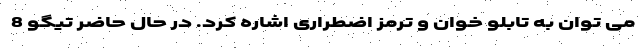
می توان به تابلو خوان و ترمز اضطراری اشاره کرد. در حال حاضر تیگو 8